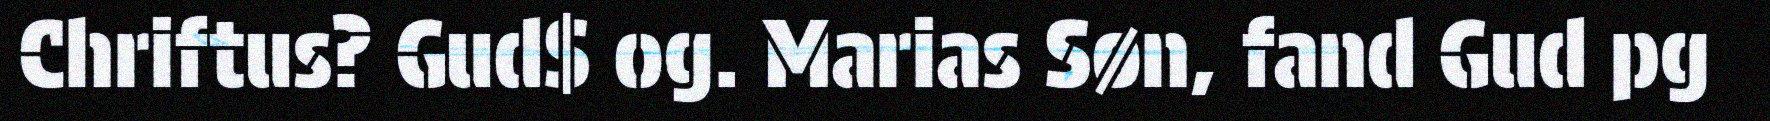
Chriftus? Gud$ og. Marias Søn, fand Gud pg